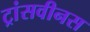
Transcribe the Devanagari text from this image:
ट्रांसवीनस